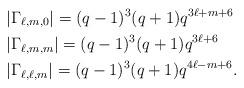
LaTeX: \begin{align*} &|\Gamma_{\ell,m,0}|=(q-1)^3(q+1)q^{3\ell+m+6}\\ &|\Gamma_{\ell,m,m}| =(q-1)^3(q+1)q^{3\ell+6}\\ &|\Gamma_{\ell,\ell,m}|=(q-1)^3(q+1)q^{4\ell-m+6}. \end{align*}